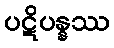
ပဋိပန္နဿ